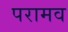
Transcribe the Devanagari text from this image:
परामव